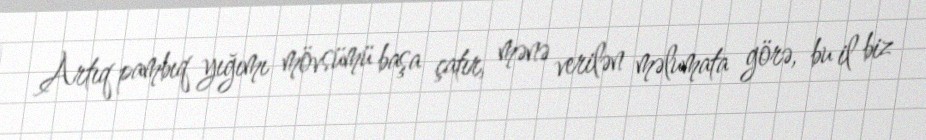
Artıq pambıq yığımı mövsümü başa çatır, mənə verilən məlumata görə, bu il biz